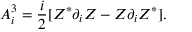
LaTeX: A _ { i } ^ { 3 } = \frac { i } { 2 } [ Z ^ { * } \partial _ { i } Z - Z \partial _ { i } Z ^ { * } ] .